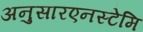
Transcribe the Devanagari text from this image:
अनुसारएनस्टेमि